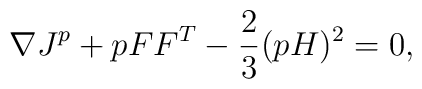
\nabla J^p + pFF^T - \frac {2}{3}(pH)^2= 0,